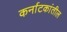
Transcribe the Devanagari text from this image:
कर्नाटकांतील